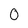
Character: 0